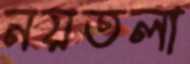
নয়তলা